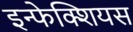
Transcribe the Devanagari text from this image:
इन्फेक्शियस